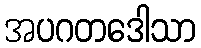
အပဂတဒေါသာ